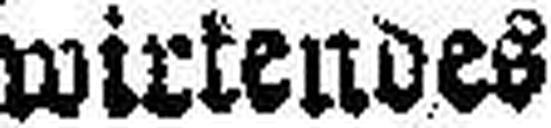
wirtendes